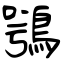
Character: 鶚